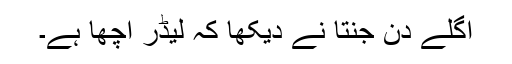
اگلے دن جنتا نے دیکھا کہ لیڈر اچھا ہے۔